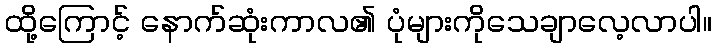
ထို့ကြောင့် နောက်ဆုံးကာလ၏ ပုံများကိုသေချာလေ့လာပါ။